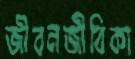
জীবনজীবিকা